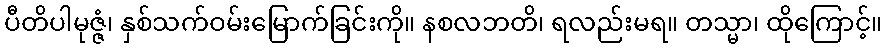
ပီတိပါမုဇ္ဇံ၊ နှစ်သက်ဝမ်းမြောက်ခြင်းကို။ နစလဘတိ၊ ရလည်းမရ။ တသ္မာ၊ ထိုကြောင့်။